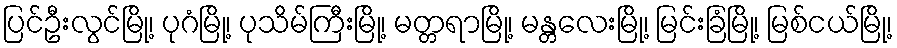
ပြင်ဦးလွင်မြို့၊ ပုဂံမြို့၊ ပုသိမ်ကြီးမြို့၊ မတ္တရာမြို့၊ မန္တလေးမြို့၊ မြင်းခြံမြို့၊ မြစ်ငယ်မြို့၊